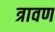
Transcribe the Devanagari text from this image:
त्रावण